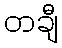
တချီ